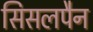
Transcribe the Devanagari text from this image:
सिसलपैन